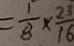
= \frac { 1 } { 8 } \times \frac { 2 3 } { 1 6 }